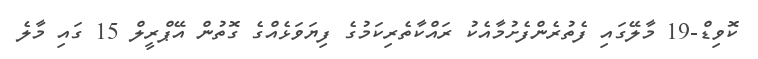
ކޮވިޑް-19 މާލޭގައި ފެތުރެންފެށުމާއެކު ރައްކާތެރިކަމުގެ ފިޔަވަޅެއްގެ ގޮތުން އޭޕްރީލް 15 ގައި މާލެ